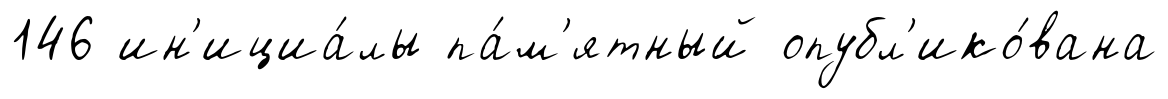
146 ин'ициа́лы па́м'ятный опубл'ико́вана